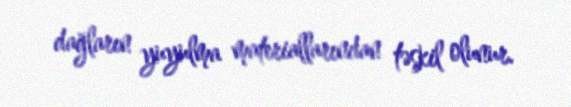
dağların yuyulma materiallarından təşkil olunur.